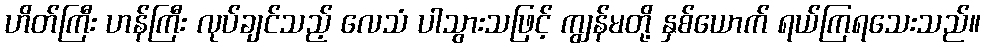
ဟိတ်ကြီး ဟန်ကြီး လုပ်ချင်သည့် လေသံ ပါသွားသဖြင့် ကျွန်မတို့ နှစ်ယောက် ရယ်ကြရသေးသည်။